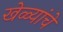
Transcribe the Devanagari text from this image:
खेळ्यांचे